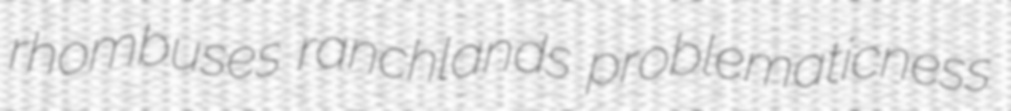
rhombuses ranchlands problematicness